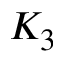
K _ { 3 }